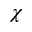
\chi